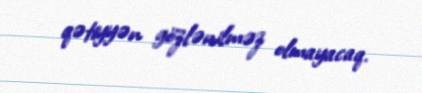
qətiyyən gözlənilməz olmayacaq.